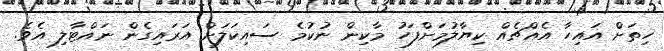
ހިތަށް އައިހާ އެއްޗެއް ކިޔާލުމަށްފަހު މާކިން ނުކުމެ ސައިކަލަށް އަރައިގެން ނައްޓާލި އެވެ.